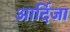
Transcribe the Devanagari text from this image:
आर्दिजा